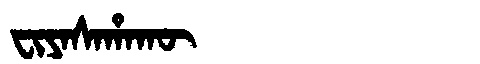
Manchu: ᠸᡳᠶᠠᠰᠠᡥᠠᡴᡡ
Romanization: FIYASAHAKŪ